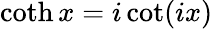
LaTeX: \coth x=i\cot(ix)